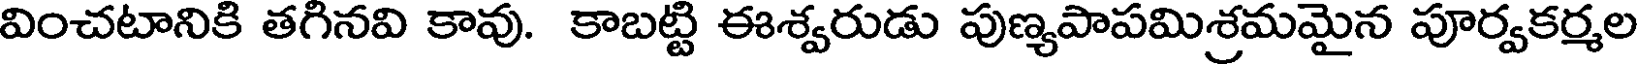
వించటానికి తగినవి కావు. కాబట్టి ఈశ్వరుడు పుణ్యపాపమిశ్రమమైన పూర్వకర్మల